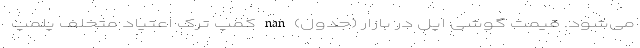
می‌شود. قیمت گوشی اپل در بازار (جدول) nan کمپ ترک اعتیاد متخلف پلمپ